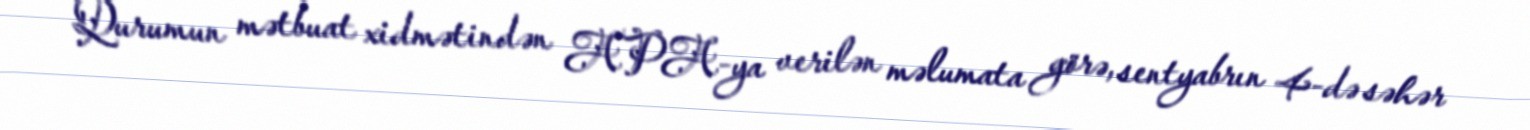
Qurumun mətbuat xidmətindən APA-ya verilən məlumata görə, sentyabrın 4-də səhər